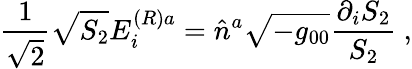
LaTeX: {\frac{1}{\sqrt{2}}}\sqrt{S_{2}}E_{i}^{(R)a}=\hat{n}^{a}\sqrt{-g_{00}}{\frac{\partial_{i}S_{2}}{S_{2}}}\ ,